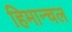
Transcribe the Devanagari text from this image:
हिमान्चल